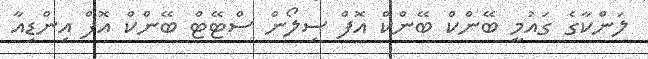
ލަންކާގެ ގައުމީ ބޭންކް ބޭންކް އޮފް ސިލޯން ސްޓޭޓް ބޭންކް އޮފް އިންޑިއާ